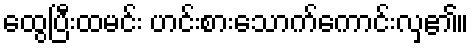
ထွေပြီးထမင်း ဟင်းစားသောက်ကောင်းလှ၏။